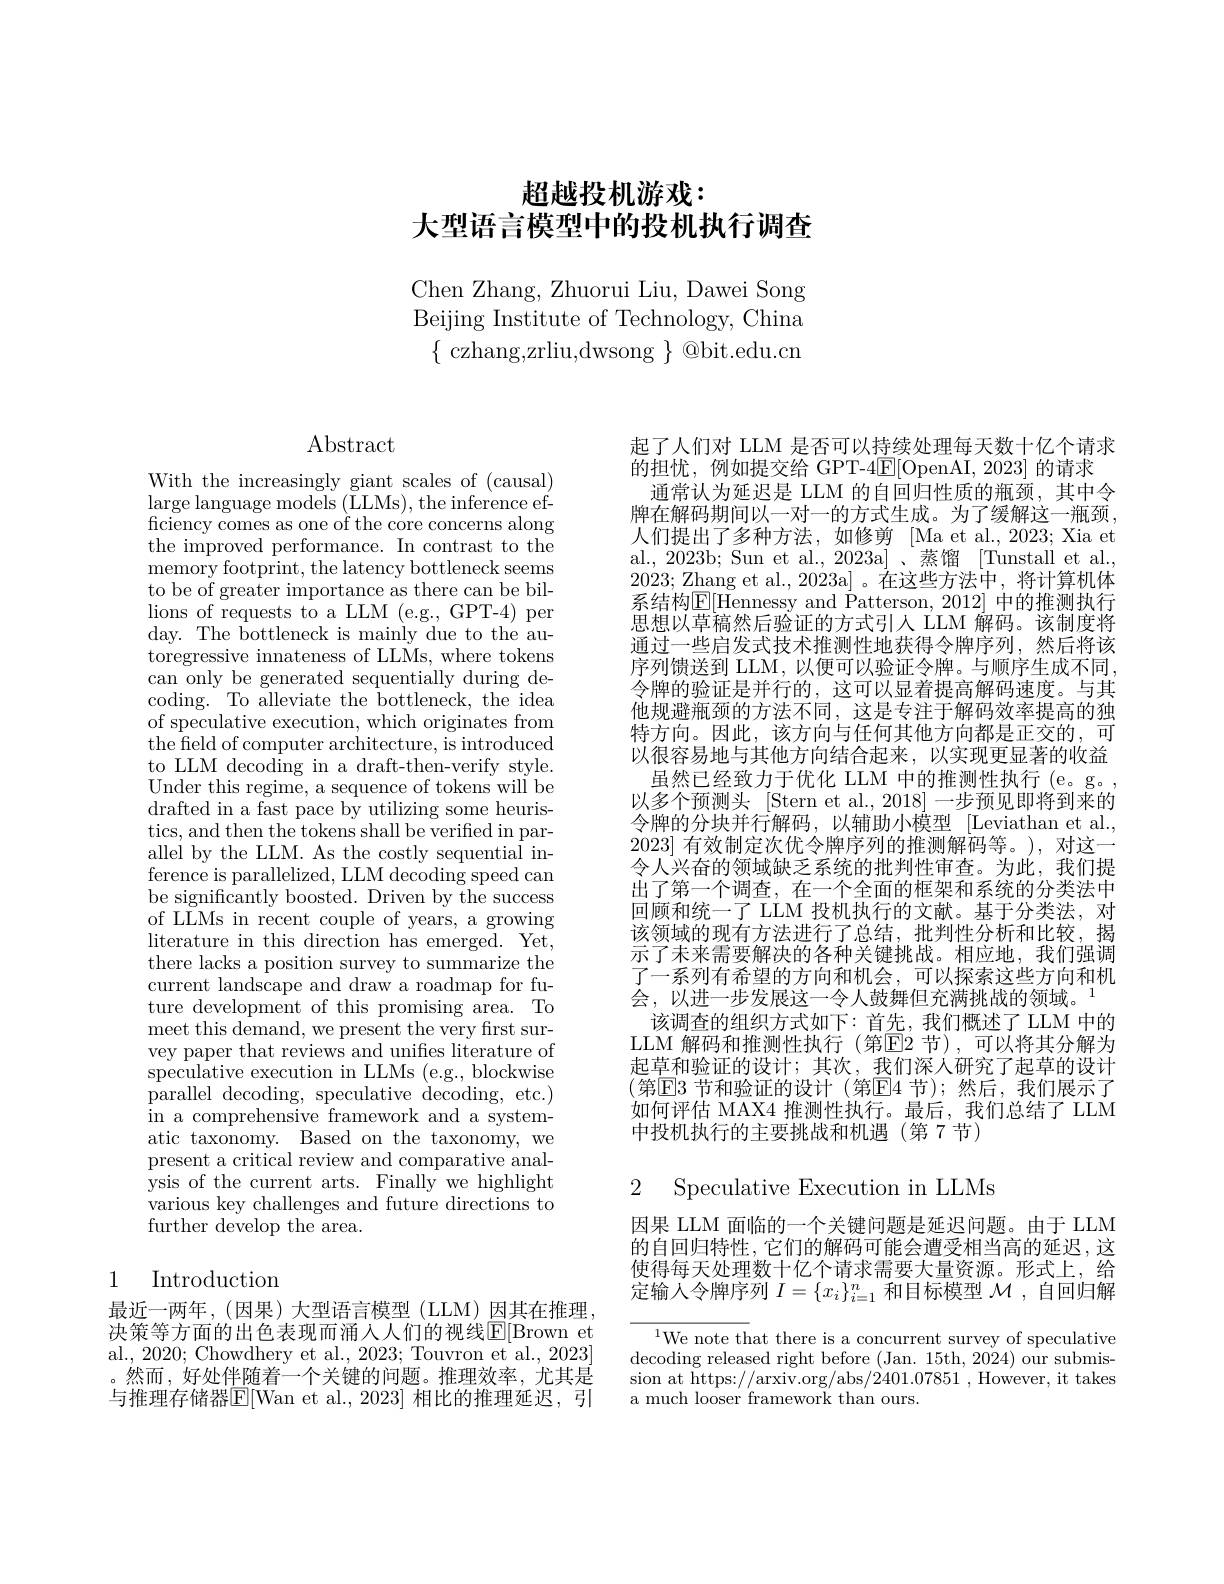
# 超越投机游戏： 大型语言模型中的投机执行调查

Chen Zhang, Zhuorui Liu, Dawei Song Beijing Institute of Technology, China $\{$czhang,zrliu,dwsong$\}$@bit.edu.cn

Abstract

With the increasingly giant scales of (causal) large language models (LLMs), the inference efficiency comes as one of the core concerns along the improved performance. In contrast to the memory footprint, the latency bottleneck seems to be of greater importance as there can be billions of requests to a LLM (e.g., GPT-4) per day. The bottleneck is mainly due to the autoregressive innateness of LLMs, where tokens can only be generated sequentially during decoding. To alleviate the bottleneck, the idea of speculative execution, which originates from the field of computer architecture, is introduced to LLM decoding in a draft-then-verify style. Under this regime, a sequence of tokens will be drafted in a fast pace by utilizing some heuristics, and then the tokens shall be verified in parallel by the LLM. As the costly sequential inference is parallelized, LLM decoding speed can be significantly boosted. Driven by the success of LLMs in recent couple of years, a growing literature in this direction has emerged. Yet, there lacks a position survey to summarize the current landscape and draw a roadmap for future development of this promising area. To meet this demand, we present the very frst sur- vey paper that reviews and unifies literature of speculative execution in LLMs (e.g., blockwise $\dot{\text{parallel decoding, speculative decoding, etc.}}$ in a comprehensive framework and a systematic taxonomy. Based on the taxonomy, we present a critical review and comparative analysis of the current arts. Finally we highlight various key challenges and future directions to further develop the area.

## 1 Introduction

最近一两年，(因果)大型语言模型(LLM)因其在推理， 决策等方面的出色表现而涌入人们的视线$\overline{\mathbb{E}}[$Brown et al., 2020; Chowdhery et al., 2023; Touvron et al., 2023] 。然而，好处伴随着一个关键的问题。推理效率，尤其是与推理存储器$\boxed{\mathrm{E}}|$Wan et al.,2023| 相比的推理延迟，引

起了人们对 LLM 是否可以持续处理每天数十亿个请求
的担忧，例如提交给 GPT-4$\mathbb{E}[$OpenAI,2023] 的请求
通常认为延迟是 LLM 的自回归性质的瓶颈，其中令牌在解码期间以一对一的方式生成。为了缓解这一瓶颈， 人们提出了多种方法，如修剪 [Ma et al.,2023; Xia et al., 2023b; Sun et al., 2023a] 、蒸馏 [Tunstall et al., 2023; Zhang et al., 2023a]。在这些方法中，将计算机体系结构$\boxed{\mathrm{E}}[$Hennessy and Patterson, 2012] 中的推测执行思想以草稿然后验证的方式引入 LLM 解码。该制度将通过一些启发式技术推测性地获得令牌序列，然后将该序列馈送到 LLM, 以便可以验证令牌。与顺序生成不同， 令牌的验证是并行的，这可以显着提高解码速度。与其他规避瓶颈的方法不同，这是专注于解码效率提高的独特方向。因此，该方向与任何其他方向都是正交的，可以很容易地与其他方向结合起来，以实现更显著的收益虽然已经致力于优化 LLM 中的推测性执行 (e。g。, 以多个预测头 [Stern et al., 2018] 一步预见即将到来的令牌的分块并行解码，以辅助小模型 [Leviathan et al., 2023]有效制定次优令牌序列的推测解码等。),对这一令人兴奋的领域缺乏系统的批判性审查。为此，我们提出了第一个调查，在一个全面的框架和系统的分类法中回顾和统一了 LLM 投机执行的文献。基于分类法，对该领域的现有方法进行了总结，批判性分析和比较，揭示了未来需要解决的各种关键挑战。相应地，我们强调了一系列有希望的方向和机会，可以探索这些方向和机会，以进一步发展这一令人鼓舞但充满挑战的领域。1
该调查的组织方式如下：首先，我们概述了 LLM 中的LLM 解码和推测性执行 (第☑2 节),可以将其分解为起草和验证的设计；其次，我们深人研究了起草的设计(第☑E3 节和验证的设计 (第E4 节);然后，我们展示了如何评估 MAX4 推测性执行。最后，我们总结了 LLM 中投机执行的主要挑战和机遇(第7节)

2 Speculative Execution in LLMs

因果 LLM 面临的一个关键问题是延迟问题。由于 LLM 的自回归特性，它们的解码可能会遭受相当高的延迟，这使得每天处理数十亿个请求需要大量资源。形式上，给定输入令牌序列$I=\{x_i\}_{i=1}^n$和目标模型$\mathcal{M}$,自回归解

${^{1}\text{We note that there is a concurrent survey of speculative}}$ decoding released right before (Jan. 15th, 2024) our submission at https: / / arxiv. org/ abs/ 2401. 07851 , However, it takes a much looser framework than ours.